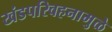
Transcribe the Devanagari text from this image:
खंडपरिवहनामुळे